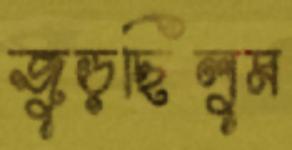
জুড়ছিলুম